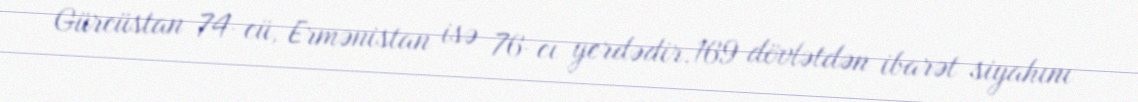
Gürcüstan 74-cü, Ermənistan isə 76-cı yerdədir.169 dövlətdən ibarət siyahını